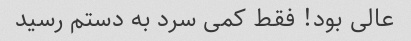
عالی بود! فقط کمی سرد به دستم رسید